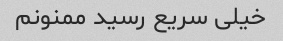
خیلی سریع رسید ممنونم